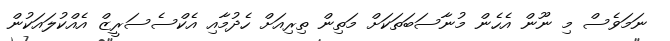
ނަމަވެސް މި ނޫން އެހެން މުނާސަބަތަކަށް މަތިން ތިރިއަށް ހެދުމާއި އެކްސެސަރީޒް އެއްކުލައަކުން